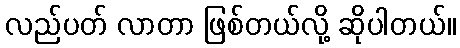
လည်ပတ် လာတာ ဖြစ်တယ်လို့ ဆိုပါတယ်။